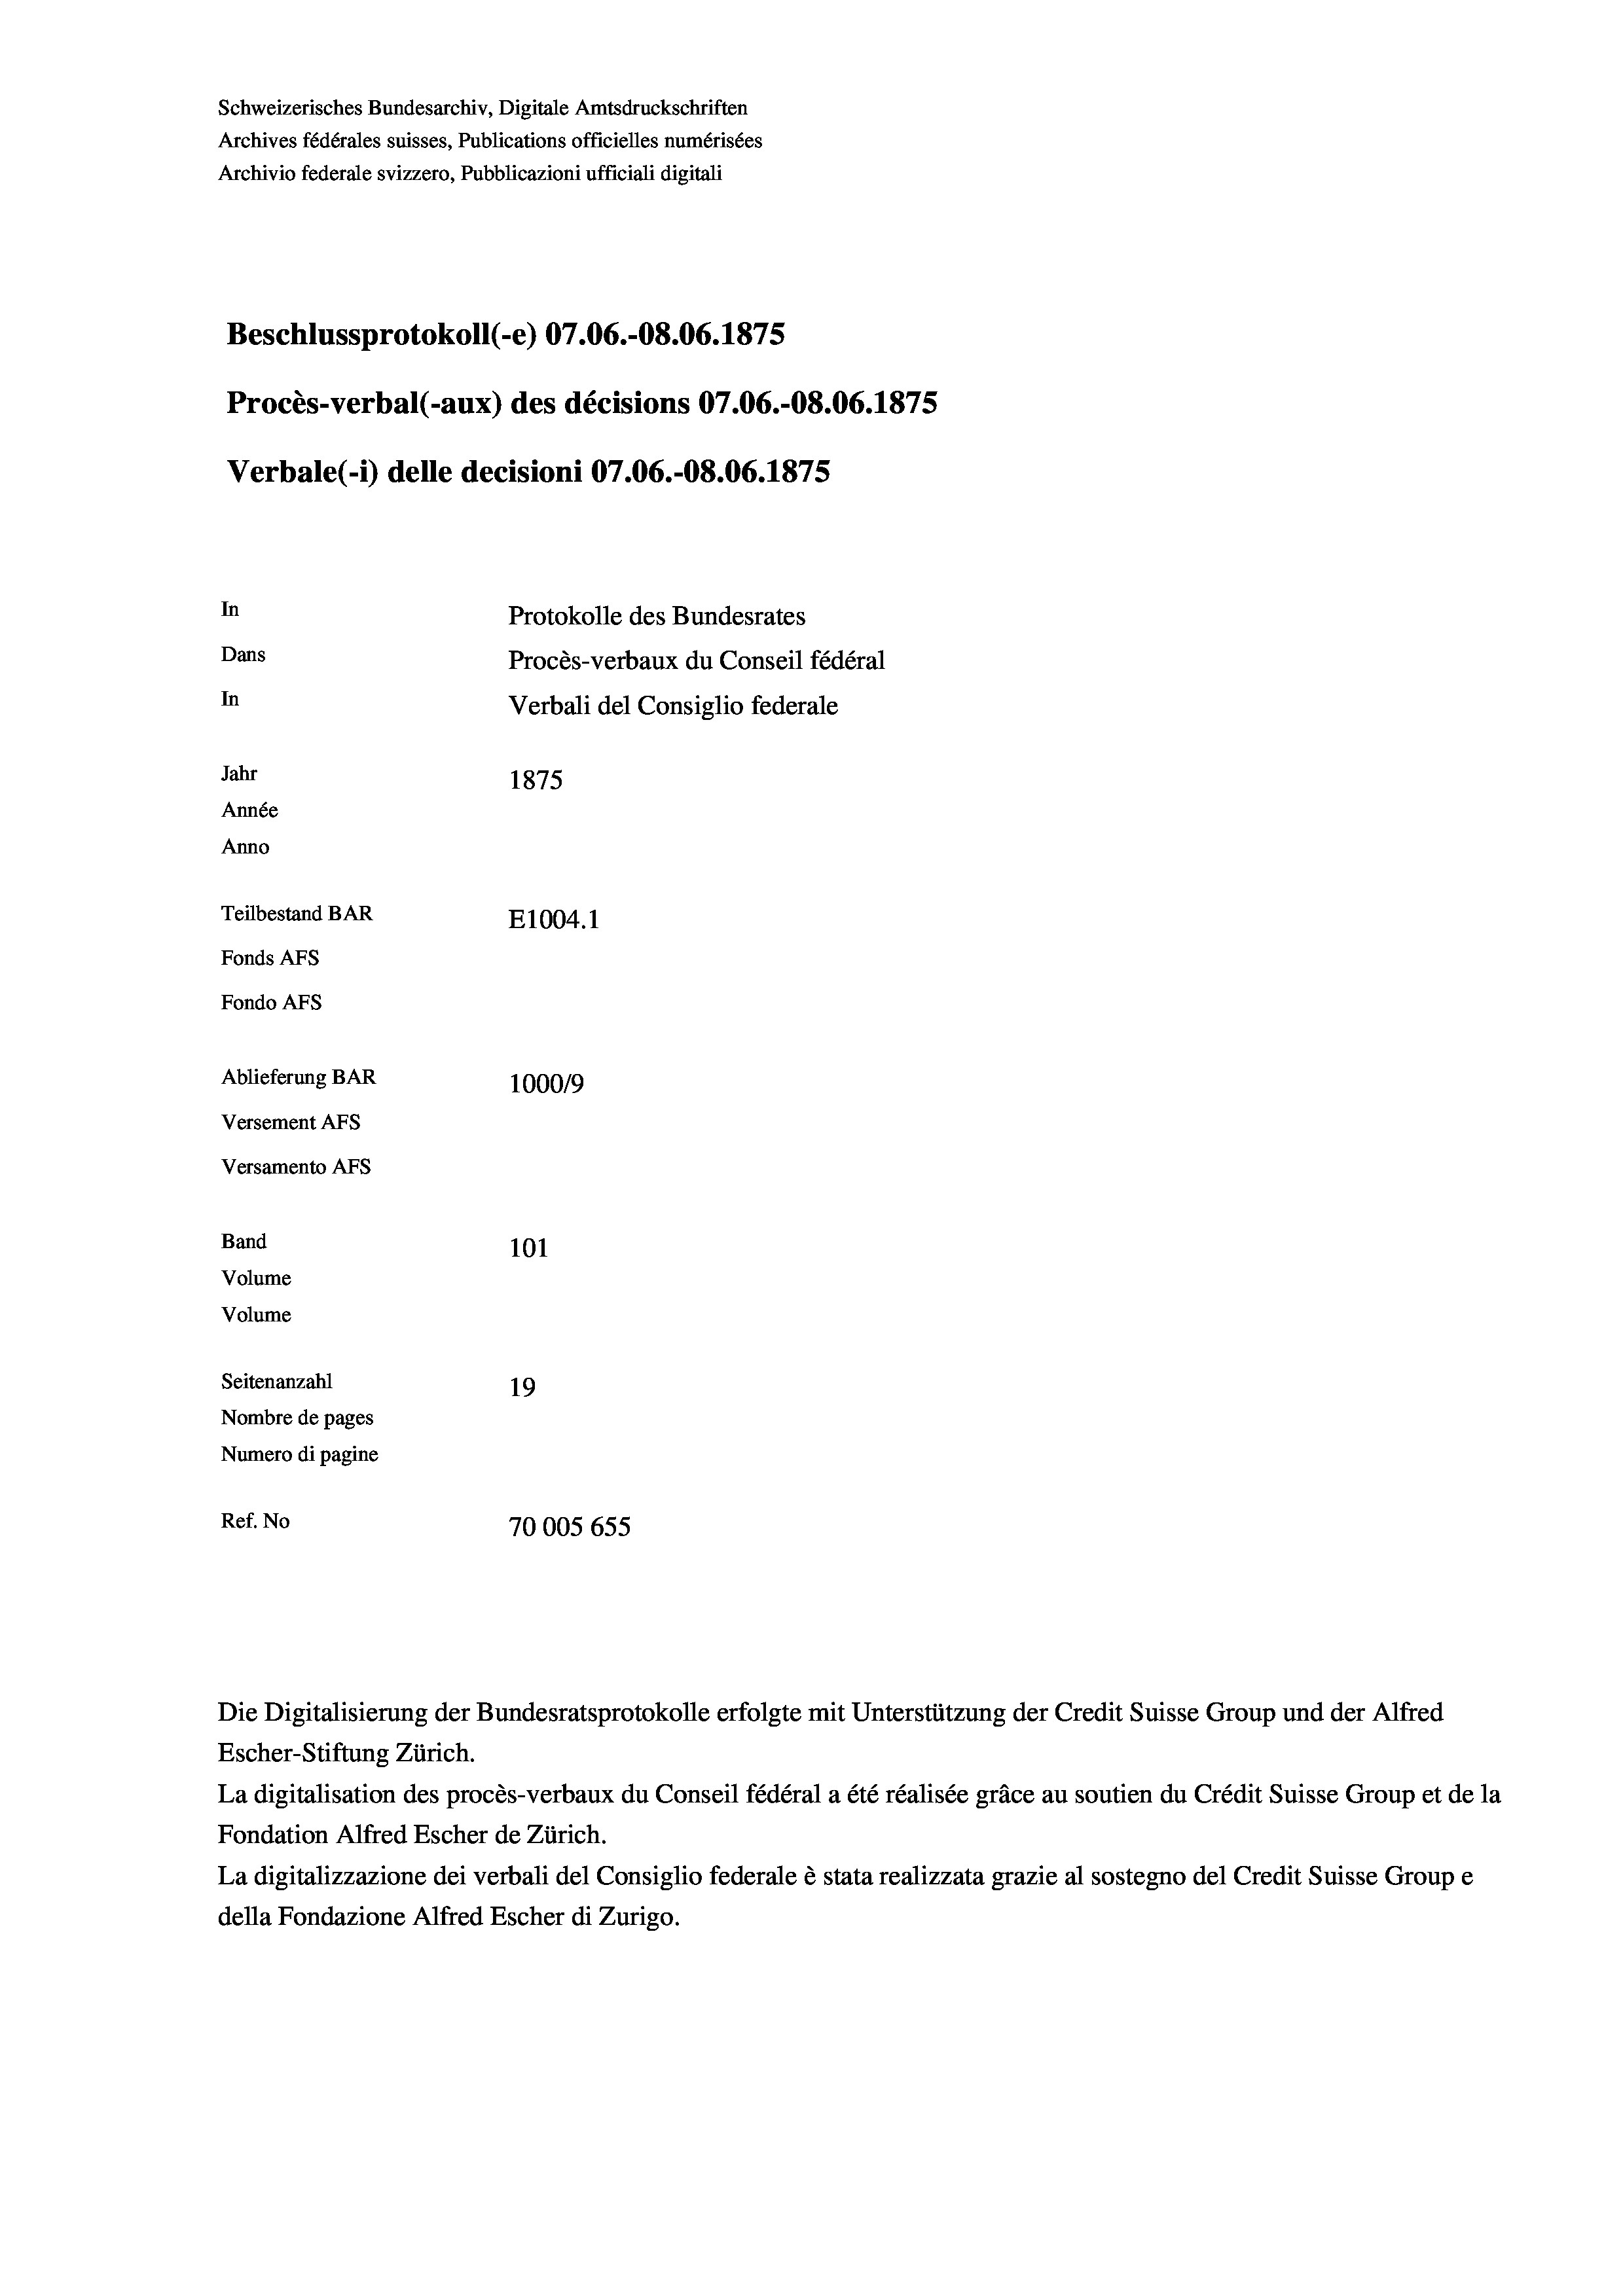
Beschlussprotokoll (-e) 07.06.-O8.06. 1875
In
Protokolle des Bundesrates
Dans
Procès-verbaux du Conseil fédéral
In
Verbali del Consiglio federale
Jahr
1875
Année
Anno
Teilbestand BAR
E1004.1
Fonds AFs
Fondo Afs

Schweizerisches Bundesarchiv, Digitale Amtsdruckschriften
Archives fédérales suisses, Publications officielles numérisées
Archivio federale svizzero, Pubblicazioni ufficiali digitali

Procès-verbal (-aux) des décisions 07.06.-O8.06. 1875
Verbale (- 1) delle decisioni 07.06.-O8.06. 1875

Ablieferung BAR
Versement AFs
Versamento Afs
Band
Volume
Volume
Seitenanzahl

100019
101
19
Nombre de pages
Numero di pagine
Ref. No
70005 655

Die Digitalisierung der Bundesratsprotokolle erfolgte mit Unterstützung der Credit Suisse Group und der Alfred
Escher-Stiftung Zürich.
La digitalisation des procès-verbaux du Conseil fédéral a été réalisée gräce au soutien du Crédit Suisse Group et de la
Fondation Alfred Escher de Zürich.
La digitalizzazione dei verbali del Consiglio federale è stata realizzata grazie al sostegno del Credit Suisse Groupe
della Fondazione Alfred Escher di Zurigo.